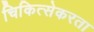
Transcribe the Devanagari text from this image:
चिकित्सेकरता